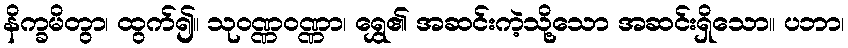
နိက္ခမိတွာ၊ ထွက်၍။ သုဝဏ္ဏဝဏ္ဏာ၊ ရွှေ၏ အဆင်းကဲ့သို့သော အဆင်းရှိသော။ ပဘာ၊